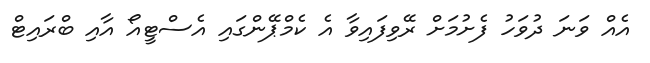
އެއް ވަނަ ދުވަހު ފެށުމަށް ރޭވިފައިވާ އެ ކެމްޕޭންގައި އެސްޓީއޯ އާއި ބްރައިޓް